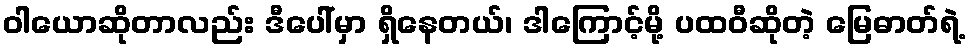
ဝါယောဆိုတာလည်း ဒီပေါ်မှာ ရှိနေတယ်၊ ဒါကြောင့်မို့ ပထဝီဆိုတဲ့ မြေဓာတ်ရဲ့